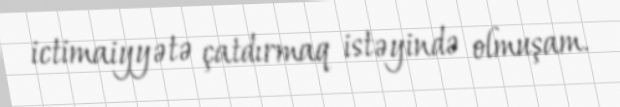
ictimaiyyətə çatdırmaq istəyində olmuşam.